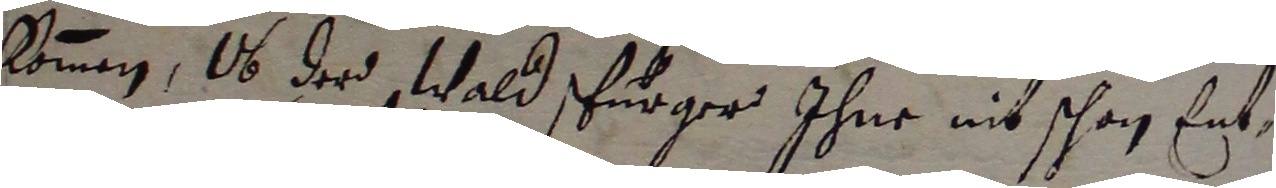
kommen, ob der wald furger ihne nit schan ent